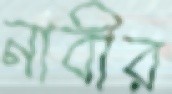
নাবীর